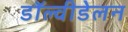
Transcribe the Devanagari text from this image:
डॉल्वीडेलन